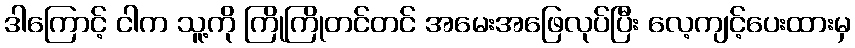
ဒါကြောင့် ငါက သူ့ကို ကြိုကြိုတင်တင် အမေးအဖြေလုပ်ပြီး လေ့ကျင့်ပေးထားမှ